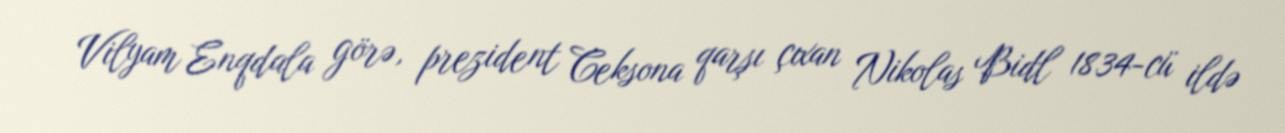
Vilyam Enqdala görə, prezident Ceksona qarşı çıxan Nikolas Bidl 1834-cü ildə